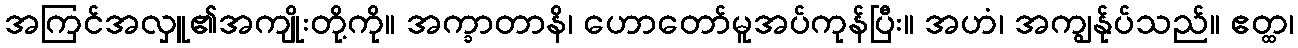
အကြင်အလှူ၏အကျိုးတို့ကို။ အက္ခာတာနိ၊ ဟောတော်မူအပ်ကုန်ပြီး။ အဟံ၊ အကျွန်ုပ်သည်။ ဧတ္ထ၊